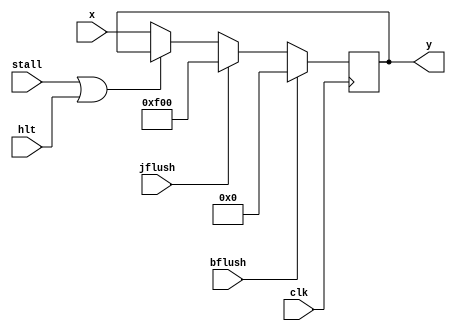
module IFIDflop(stall, x, y, bflush, jflush, clk, hlt);  //16bit flip_flop with stall
input stall, bflush,clk,hlt,jflush;
input [15:0] x;
output reg [15:0]y;

always @(posedge clk)begin
if(bflush)
y<=0;
else if(jflush)
y<=16'h0f00;

else if(stall||hlt)
y<=y;



else
y<=x;

end
endmodule